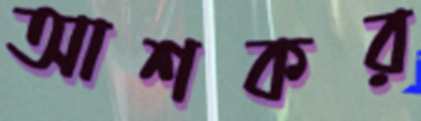
আশকর